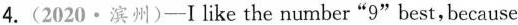
4.(2020·滨州)—I like the number"9"best,because